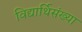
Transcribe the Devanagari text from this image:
विद्यार्थिसंख्या